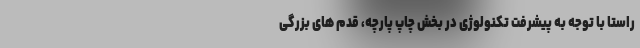
راستا با توجه به پیشرفت تکنولوژی در بخش چاپ پارچه، قدم های بزرگی